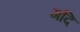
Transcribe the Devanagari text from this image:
गदि